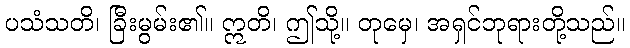
ပသံသတိ၊ ခြီးမွမ်း၏။ ဣတိ၊ ဤသို့။ တုမှေ၊ အရှင်ဘုရားတို့သည်။